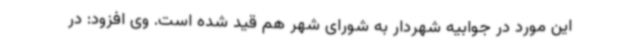
این مورد در جوابیه شهردار به شورای شهر هم قید شده است. وی افزود: در